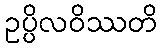
ဥပ္ပိလဝိဿတိ